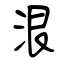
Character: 泿